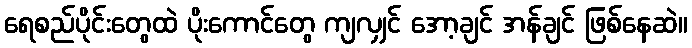
ရေစည်ပိုင်းတွေထဲ ပိုးကောင်တွေ ကျလျှင် အော့ချင် အန်ချင် ဖြစ်နေဆဲ။